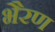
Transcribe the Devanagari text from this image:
भैरण